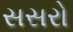
સસરો